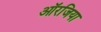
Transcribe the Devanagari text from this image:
ऑरजिया